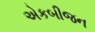
એકબીજન